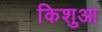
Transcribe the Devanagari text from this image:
किशुआ